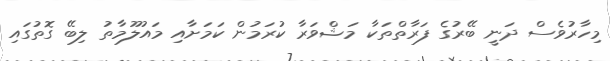
މިހާރުވެސް ދަނީ ބޭރުގެ ފަރާތްތަކާ މަޝްވަރާ ކުރަމުން ކަމަށާއި މައުލޫމާތު ލިބޭ ގޮތުގައި